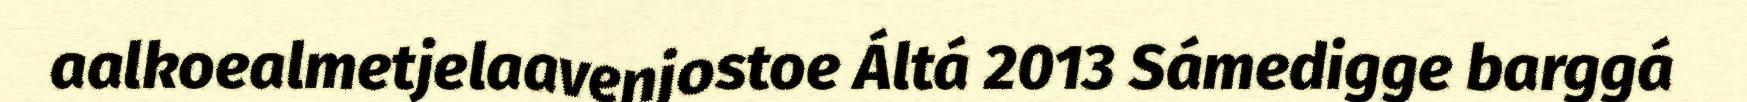
aalkoealmetjelaavenjostoe Áltá 2013 Sámedigge barggá